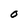
Character: O